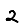
Digit: 2